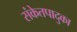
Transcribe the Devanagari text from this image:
संकेतपादुका